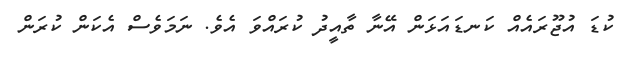
ކުޑަ އުޖޫރައެއް ކަނޑައަޅަން އޭނާ ތާއީދު ކުރައްވަ އެވެ. ނަމަވެސް އެކަން ކުރަން